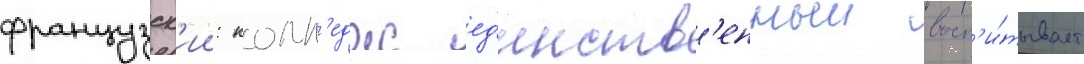
французск'ии: колл'едж ед'инств'енныи восп'и́тывает